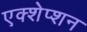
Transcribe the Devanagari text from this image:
एक्शेप्शन